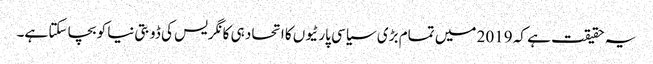
یہ حقیقت ہے کہ 2019 میں تمام بڑی سیاسی پارٹیوں کا اتحاد ہی کانگریس کی ڈوبتی نیا کو بچا سکتا ہے۔